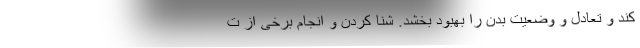
کند و تعادل و وضعیت بدن را بهبود بخشد. شنا کردن و انجام برخی از ت